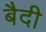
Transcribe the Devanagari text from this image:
बैदी